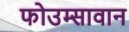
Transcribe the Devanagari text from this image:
फोउम्सावान